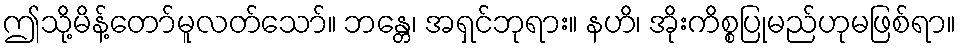
ဤသို့မိန့်တော်မူလတ်သော်။ ဘန္တေ၊ အရှင်ဘုရား။ နဟိ၊ အိုးကိစ္စပြုမည်ဟုမဖြစ်ရာ။